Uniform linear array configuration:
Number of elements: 16
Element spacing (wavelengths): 0.25
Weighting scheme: uniform
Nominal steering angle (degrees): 45
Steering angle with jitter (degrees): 43.99
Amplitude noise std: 0.05
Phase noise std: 0.05

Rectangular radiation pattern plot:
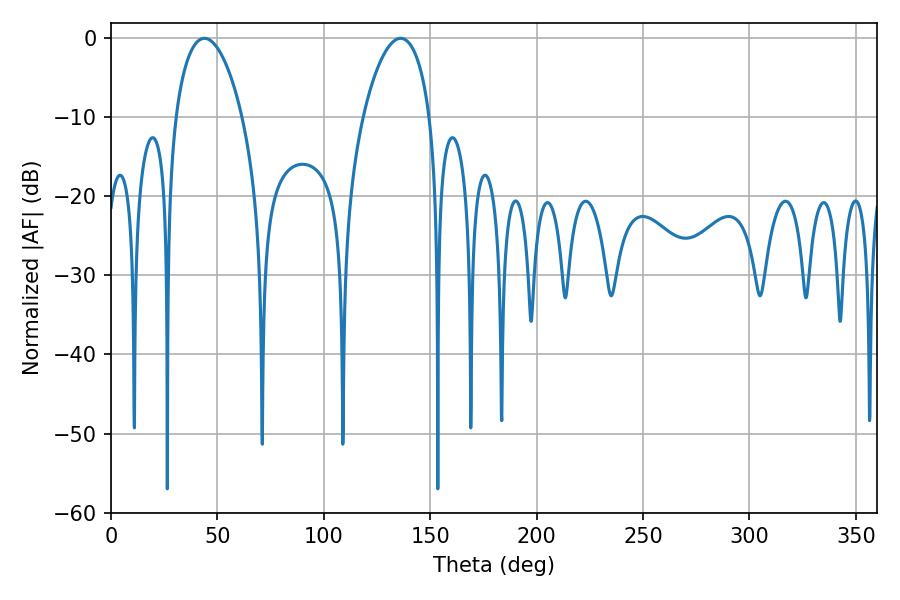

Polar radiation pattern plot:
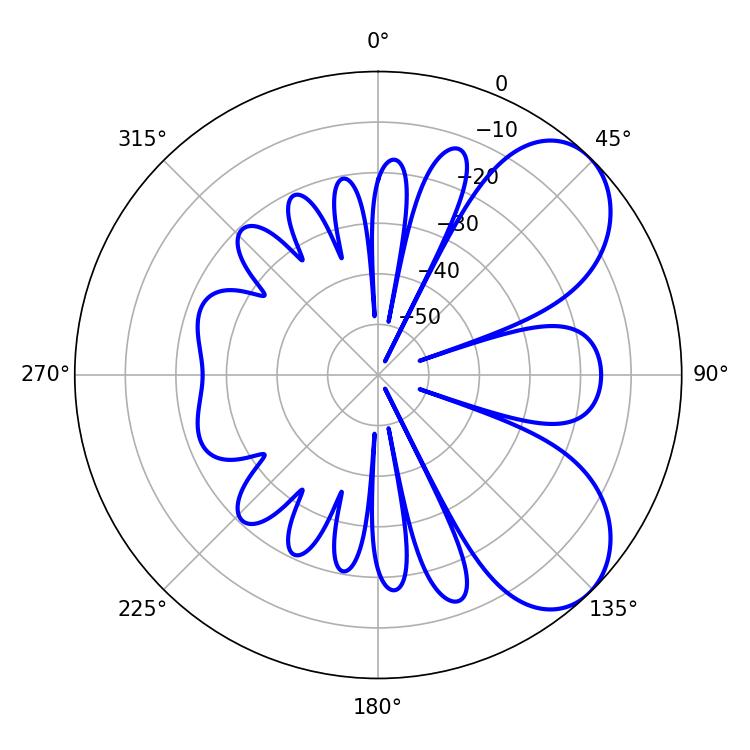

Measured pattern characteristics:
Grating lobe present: FALSE
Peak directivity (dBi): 6.355
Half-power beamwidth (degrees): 17.82
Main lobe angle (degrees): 43.92